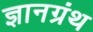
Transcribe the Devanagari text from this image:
ज्ञानग्रंथ